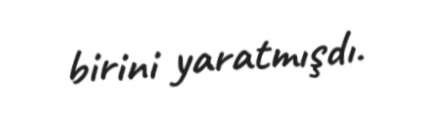
birini yaratmışdı.